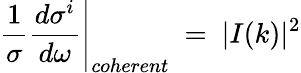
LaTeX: \left.\frac{1}{\sigma}\frac{d\sigma^{i}}{d\omega}\right|_{coherent}\ =\ |I(k)|^{2}